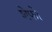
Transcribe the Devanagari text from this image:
शेफो